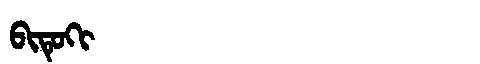
Manchu: ᠪᡳᡨᡠᡴᡳ
Romanization: BITUKI